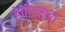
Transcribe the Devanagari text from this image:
डेवीडसन